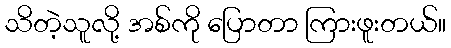
သိတဲ့သူလို့ အစ်ကို ပြောတာ ကြားဖူးတယ်။